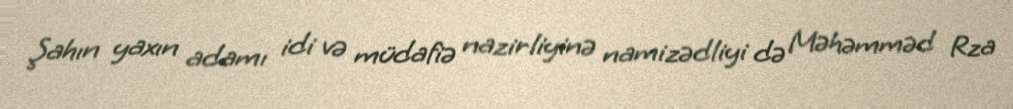
Şahın yaxın adamı idi və müdafiə nazirliyinə namizədliyi də Məhəmməd Rza